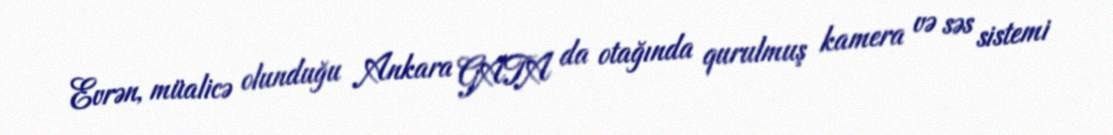
Evrən, müalicə olunduğu Ankara GATA da otağında qurulmuş kamera və səs sistemi